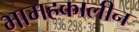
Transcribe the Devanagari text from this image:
भामहकालीन